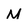
Character: M